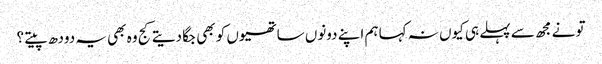
تو نے مجھ سے پہلے ہی کیوں نہ کہا ہم اپنے دونوں ساتھیوں کو بھی جگا دیتے کج وہ بھی یہ دودھ پیتے ؟